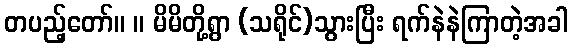
တပည့်တော်။ ။ မိမိတို့ရွာ (သရိုင်)သွားပြီး ရက်နဲနဲကြာတဲ့အခါ